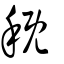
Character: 穊